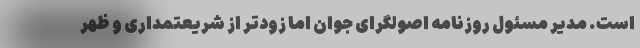
است. مدیر مسئول روزنامه اصولگرای جوان اما زودتر از شریعتمداری و ظهر